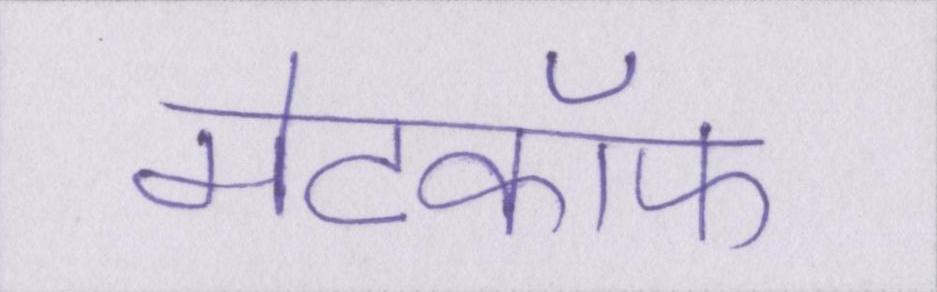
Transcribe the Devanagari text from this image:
मेटकॉफ